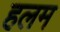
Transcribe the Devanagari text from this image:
हलम